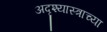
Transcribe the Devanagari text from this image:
अदृश्यास्त्राच्या